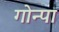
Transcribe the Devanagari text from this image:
गोन्पा